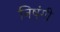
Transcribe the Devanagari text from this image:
निषंगी